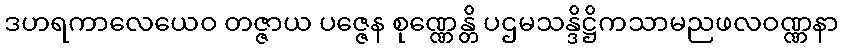
ဒဟရကာလေယေဝ တဇ္ဇာယ ပဇ္ဇေန စုဏ္ဏေန္တိ ပဌမသန္ဒိဋ္ဌိကသာမညဖလဝဏ္ဏနာ